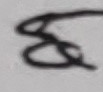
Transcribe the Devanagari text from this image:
ए